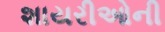
શાયરીઓની